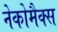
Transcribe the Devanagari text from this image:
नेकोमैक्स